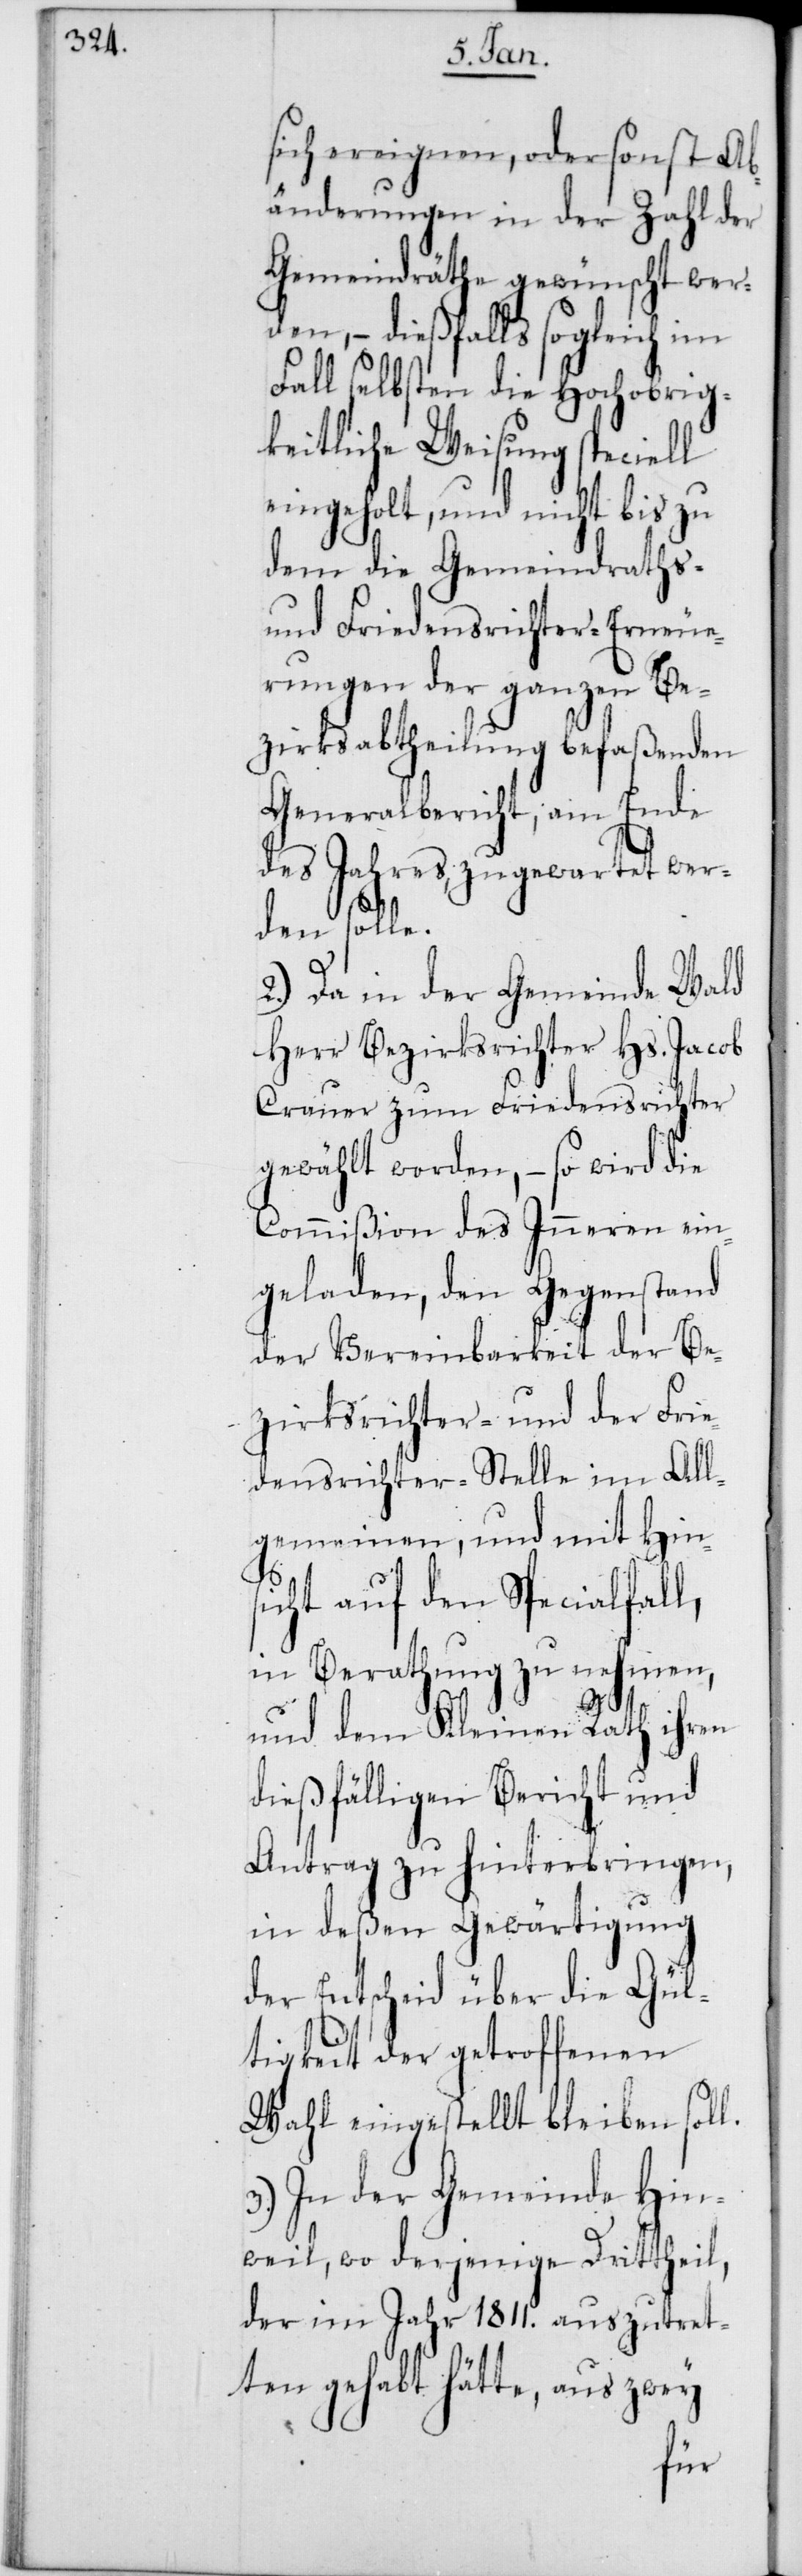
sich ereignen, oder sonst Ab¬
änderungen in der Zahl der
Gemeindräthe gewünscht wer¬
den, – dießfalls sogleich im
Fall selbsten die Hochobrig¬
keitliche Weisung speciell
eingeholt, und nicht bis zu
dem die Gemeindraths-
und Friedensrichter-Erneue¬
rungen der ganzen Be¬
zirksabtheilung befaßenden
Generalbericht, am Ende
des Jahres, zugewartet wer¬
den solle.
2.) Da in der Gemeinde Wald
Herr Bezirksrichter Hs. Jacob
Crauer zum Friedensrichter
gewählt worden, – so wird die
Commißion des Inneren ein¬
geladen, den Gegenstand
der Vereinbarkeit der Be¬
zirksrichter- und der Frie¬
densrichter-Stelle im All¬
gemeinen, und mit Hins¬
icht auf den Specialfall,
in Berathung zu nehmen,
und dem Kleinen Rath ihren
dießfälligen Bericht und
Antrag zu hinterbringen,
in deßen Gewärtigung
der Entscheid über die Gül¬
tigkeit der getroffenen
Wahl eingestellt bleiben soll.
3.) In der Gemeinde Hin¬
weil, wo derjenige Drittheil,
der im Jahr 1811. auszutret¬
ten gehabt hätte, aus zwey